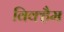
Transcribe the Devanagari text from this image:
विक्हैम